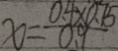
x = \frac { 0 . 4 \times 0 . 7 5 } { 0 . 9 }